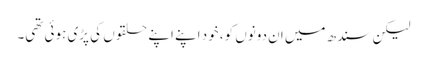
لیکن سندھ میں ان دونوں کو، خود اپنے اپنے حلقوں کی پڑی ہوئی تھی۔